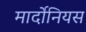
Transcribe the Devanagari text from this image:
मार्दोनियस